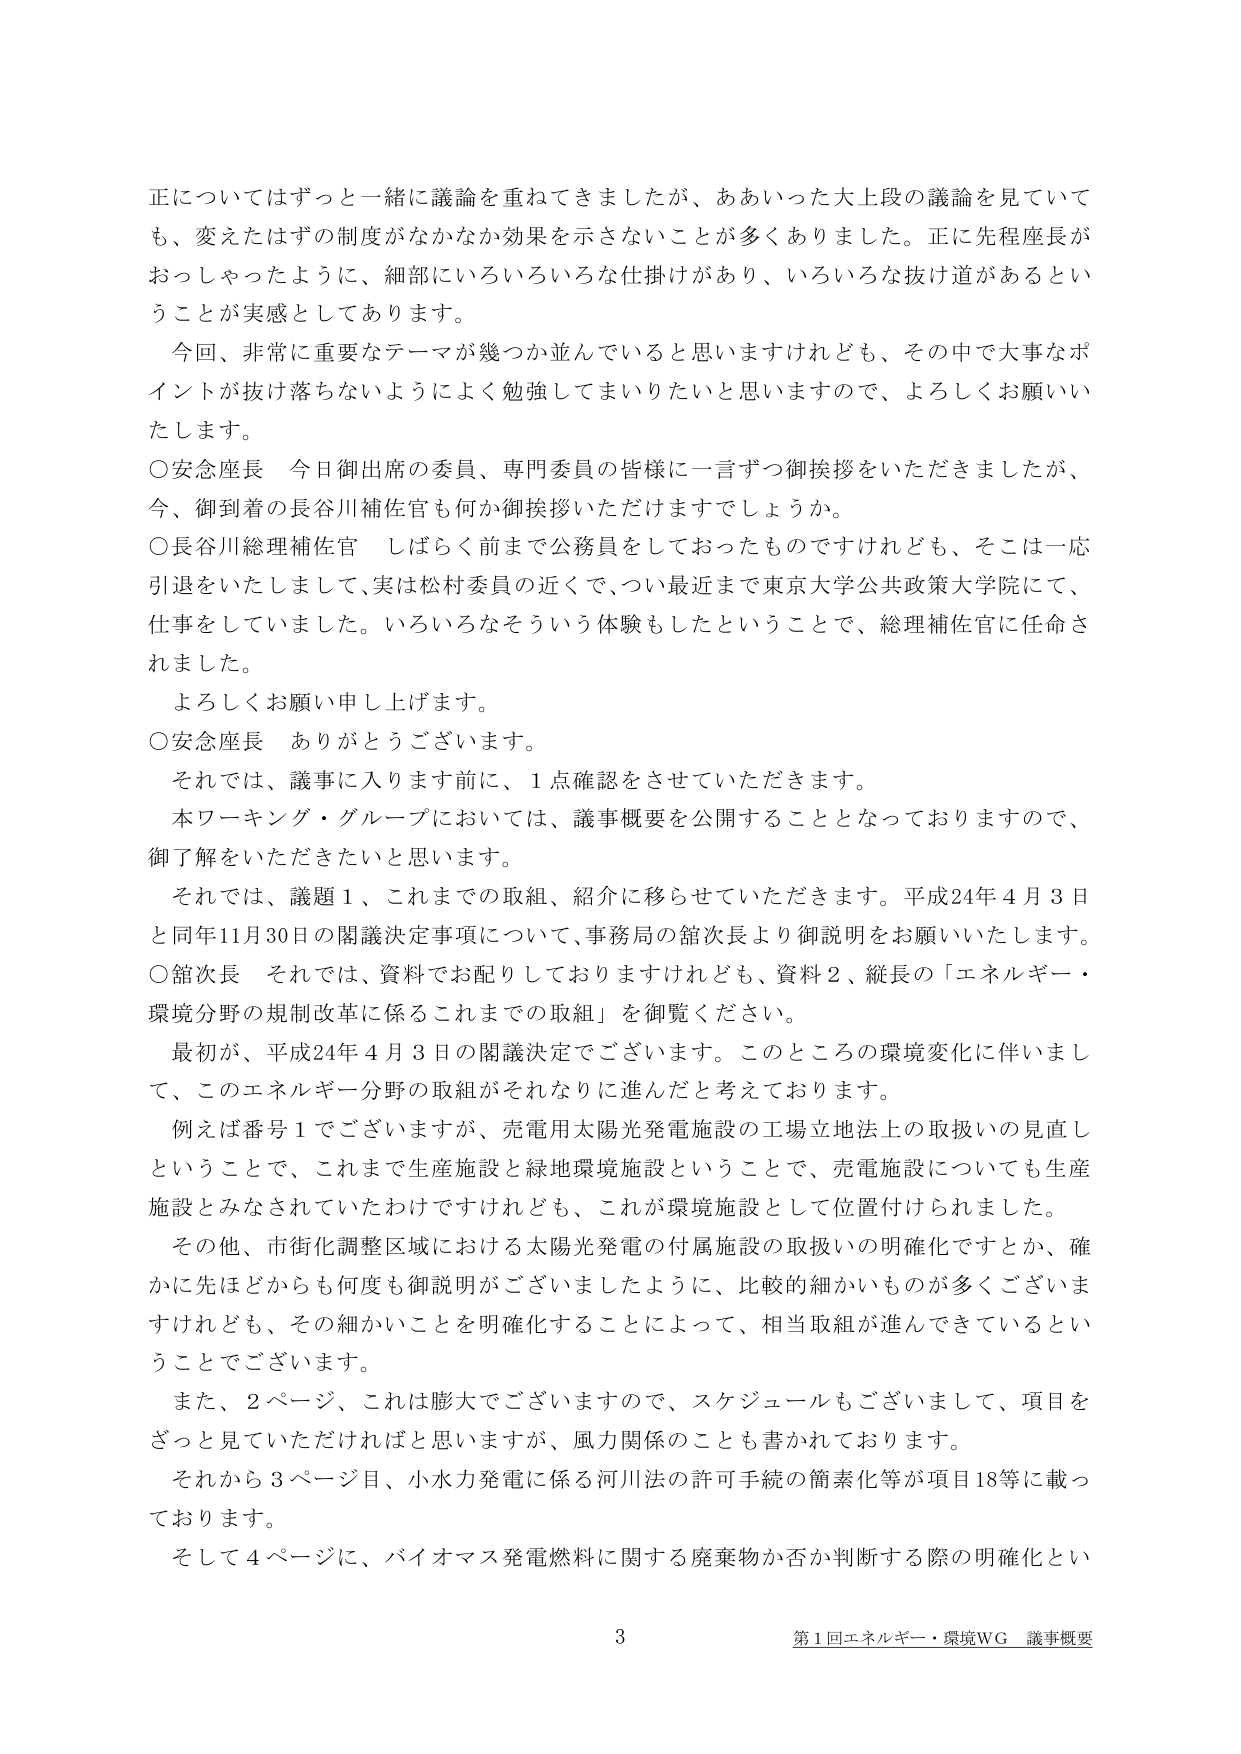
正についてはずっと一緒に議論を重ねてきましたが、ああいった大上段の議論を見ていても、変えたはずの制度がなかなか効果を示さないことが多くありました。正に先程座長がおっしゃったように、細部にいろいろな仕掛けがあり、いろいろな抜け道があるということが実感としてあります。

今回、非常に重要なテーマが幾つか並んでいると思いますけれども、その中で大事なポイントが抜け落ちないようによく勉強してまいりたいと思いますので、よろしくお願いいたします。

○安念座長　今日御出席の委員、専門委員の皆様に一言ずつ御挨拶をいただきましたが、今、御到着の長谷川補佐官も何か御挨拶いただけますでしょうか。

○長谷川総理補佐官　しばらく前まで公務員をしておったものですがけれども、そこは一応引退をいたしまして、実は松村委員の近くで、つい最近まで東京大学公共政策大学院にて、仕事をしていました。いろいろなそういう体験もしたということで、総理補佐官に任命されました。

よろしくお願い申し上げます。

○安念座長　ありがとうございます。

それでは、議事に入ります前に、1点確認をさせていただきます。

本ワーキング・グループにおいては、議事概要を公開することとなっておりますので、御了解をいただきたいと思います。

それでは、議題1、これまでの取組、紹介に移らせていただきます。平成24年4月3日と同年11月30日の閣議決定事項について、事務局の舘次長より御説明をお願いいたします。

○舘次長　それでは、資料でお配りしておりますけれども、資料2、縦長の「エネルギー・環境分野の規制改革に係るこれまでの取組」を御覧ください。

最初が、平成24年4月3日の閣議決定でございます。このところの環境変化に伴いまして、このエネルギー分野の取組がそれなりに進んだと考えております。

例えば番号1でございますが、売電用太陽光発電施設の工場立地法上の取扱いの見直しということで、これまで生産施設と緑地環境施設ということで、売電施設についても生産施設とみなされていたわけですがけれども、これが環境施設として位置付けられました。

その他、市街化調整区域における太陽光発電の付属施設の取扱いの明確化ですとか、確かに先ほどからも何度も御説明がございましたように、比較的細かいものが多くございますけれども、その細かいことを明確化することによって、相当取組が進んできているということでございます。

また、2ページ、これは膨大でございますので、スケジュールもございまして、項目をざっと見ていただければと思いますが、風力関係のことも書かれております。

それから3ページ目、小水力発電に係る河川法の許可手続の簡素化等が項目18等に載っております。

そして4ページに、バイオマス発電燃料に関する廃棄物か否か判断する際の明確化とい

3
第1回エネルギー・環境WG 議事概要